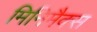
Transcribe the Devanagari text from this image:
मिनिमैक्स